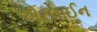
એરલાઈન